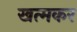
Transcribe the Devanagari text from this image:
खत्मकर